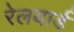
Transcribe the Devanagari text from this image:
रेलयार्ड